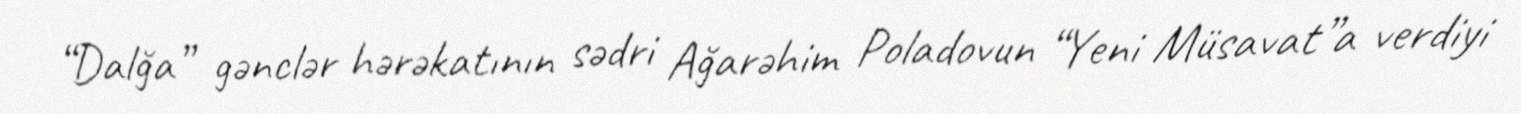
“Dalğa” gənclər hərəkatının sədri Ağarəhim Poladovun “Yeni Müsavat”a verdiyi